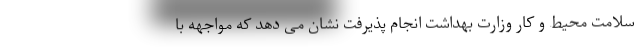
سلامت محیط و کار وزارت بهداشت انجام پذیرفت نشان می دهد که مواجهه با